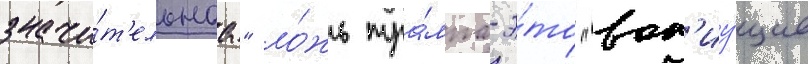
значи́т'ельнаа" ло́жь тра́мпа-э́то "воп'иу́щие